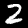
Label: 2